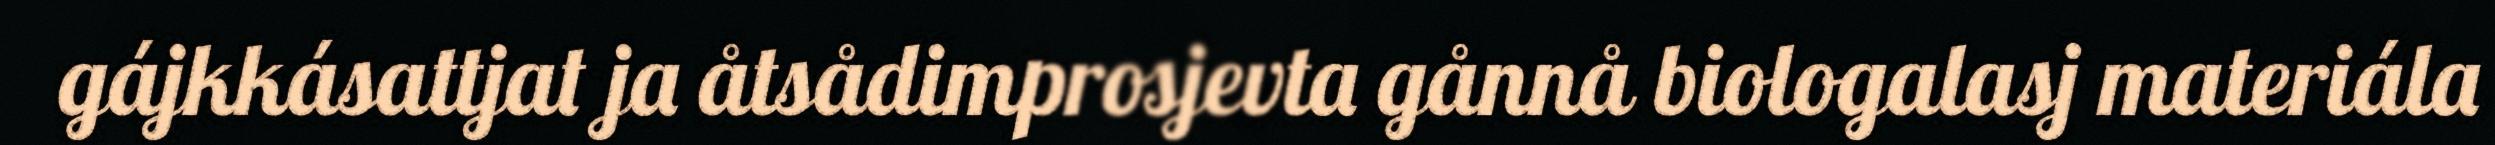
gájkkásattjat ja åtsådimprosjevta gånnå biologalasj materiála